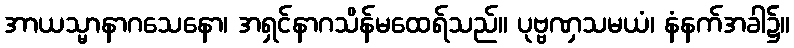
အာယသ္မာနာဂသေနော၊ အရှင်နာဂသိန်မထေရ်သည်။ ပုဗ္ဗဏှသမယံ၊ နံနက်အခါ၌။